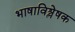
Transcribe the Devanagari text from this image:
भाषाविश्लेषक